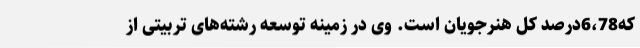
که6،78درصد کل هنرجویان است. وی در زمینه توسعه رشته‌های تربیتی از